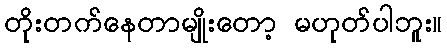
တိုးတက်နေတာမျိုးတော့ မဟုတ်ပါဘူး။